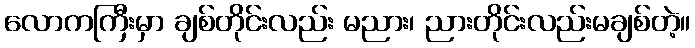
လောကကြီးမှာ ချစ်တိုင်းလည်း မညား၊ ညားတိုင်းလည်းမချစ်တဲ့။